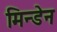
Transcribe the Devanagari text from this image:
मिन्डेन